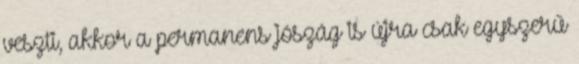
veszti, akkor a permanens jószág is újra csak egyszerű